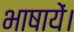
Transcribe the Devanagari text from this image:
भाषायें।